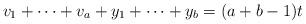
LaTeX: \begin{align*}v_1+\cdots+v_a+y_1+\cdots+y_b=(a+b-1)t\end{align*}